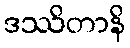
ဒဿိတာနိ